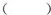
( )